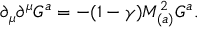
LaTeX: \partial _ { \mu } \partial ^ { \mu } G ^ { a } = - ( 1 - \gamma ) M _ { ( a ) } ^ { 2 } G ^ { a } .